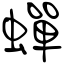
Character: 蟬